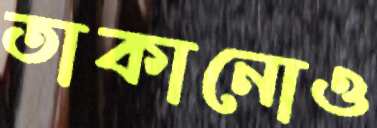
তাকানোও